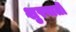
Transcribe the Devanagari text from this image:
शुरवाती